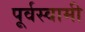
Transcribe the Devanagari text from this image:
पूर्वस्वामी